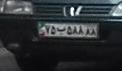
۷۵ب۵۸۸۸۸